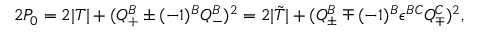
2 P _ { 0 } = 2 | T | + ( Q _ { + } ^ { B } \pm ( - 1 ) ^ { B } Q _ { - } ^ { B } ) ^ { 2 } = 2 | { \tilde { T } } | + ( Q _ { \pm } ^ { B } \mp ( - 1 ) ^ { B } \epsilon ^ { B C } Q _ { \mp } ^ { C } ) ^ { 2 } ,